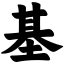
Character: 基